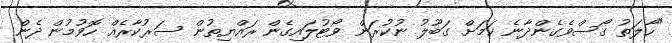
"ހާލަތު ގޯސްވެގެންދާނެ ކަމަށް ގަބޫލު ނުކުރަން ވޯޓުލައިގެން ރައްޔިތުން ސަރުކާރެއް ހޮވުމުން ދެން